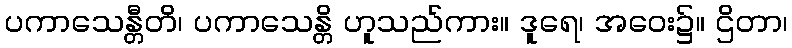
ပကာသေန္တီတိ၊ ပကာသေန္တိ ဟူသည်ကား။ ဒူရေ၊ အဝေး၌။ ဌိတာ၊